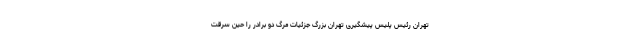
تهران رئیس پلیس پیشگیری تهران بزرگ جزئیات مرگ دو برادر را حین سرقت